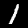
Digit: 1